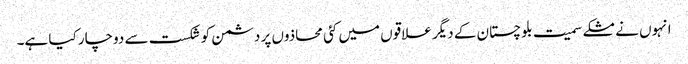
انہوں نے مشکے سمیت بلوچستان کے دیگر علاقوں میں کئی محاذوں پر دشمن کو شکست سے دوچار کیا ہے۔